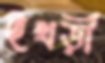
ইখড়ী